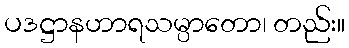
ပဒဋ္ဌာနဟာရသမ္ပာတော၊ တည်း။